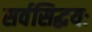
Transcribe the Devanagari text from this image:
सर्वसिद्धयः